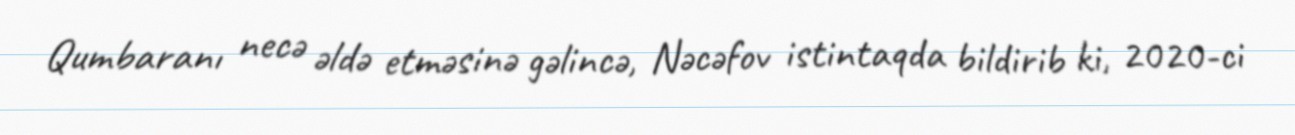
Qumbaranı necə əldə etməsinə gəlincə, Nəcəfov istintaqda bildirib ki, 2020-ci